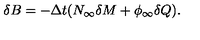
\delta B = - \Delta t ( N _ { \infty } \delta M + \phi _ { \infty } \delta Q ) .